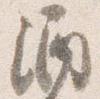
酒